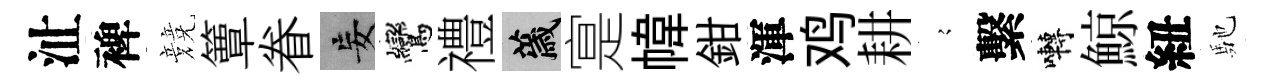
沚裨競簟眷妄鸞禮薉寔幃鉗渾鸡耕𡪹繫囀鯨紐馳